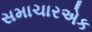
સમાચારએક